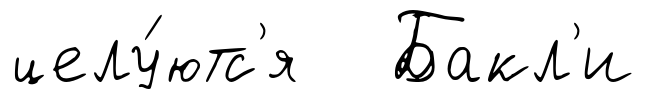
целу́ютс'я Бакл'и